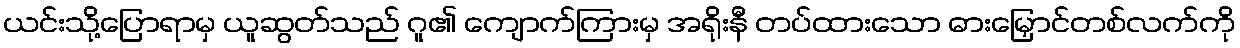
ယင်းသို့ပြောရာမှ ယူဆွတ်သည် ဂူ၏ ကျောက်ကြားမှ အရိုးနီ တပ်ထားသော ဓားမြှောင်တစ်လက်ကို